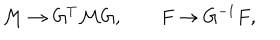
{ \cal M } \to G ^ { T } { \cal M } G , \qquad F \to G ^ { - 1 } F ,